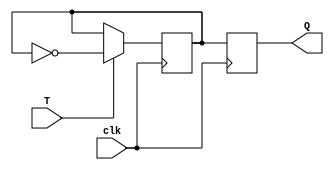
module t_ff(input wire T, input wire clk, output reg Q);

  reg internal_Q;
  reg internal_Qbar;

  always @(posedge clk) begin
    if(T) begin
      internal_Q <= ~internal_Q;
    end
  end

  always @(negedge clk) begin
    internal_Qbar <= internal_Q;
  end

  always @* begin
    Q <= internal_Qbar;
  end

endmodule